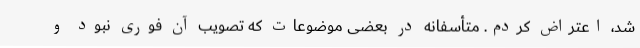
شد، اعتراض کردم. متأسفانه در بعضی موضوعات که تصویب آن فوری نبود و